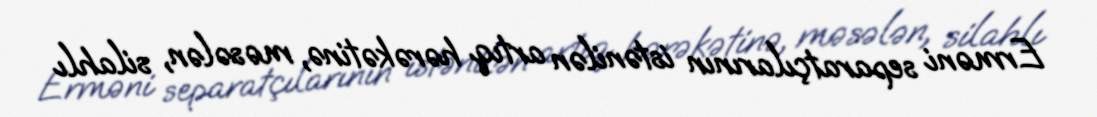
Erməni separatçılarının istənilən artıq hərəkətinə, məsələn, silahlı